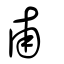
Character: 甫